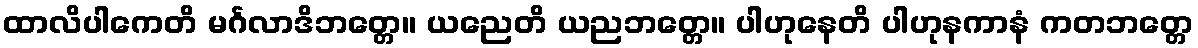
ထာလိပါကေတိ မင်္ဂလာဒိဘတ္တေ။ ယညေတိ ယညဘတ္တေ။ ပါဟုနေတိ ပါဟုနကာနံ ကတဘတ္တေ